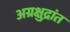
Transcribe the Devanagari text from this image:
अग्रक्षुद्रांत